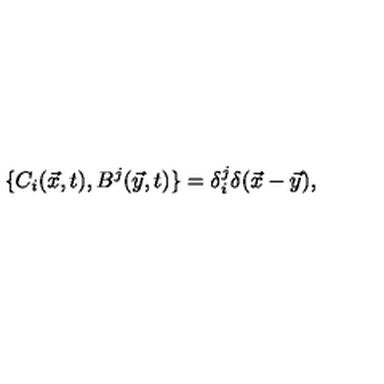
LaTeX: \{ C _ { i } ( \vec { x } , t ) , B ^ { j } ( \vec { y } , t ) \} = \delta _ { i } ^ { j } \delta ( \vec { x } - \vec { y } ) ,